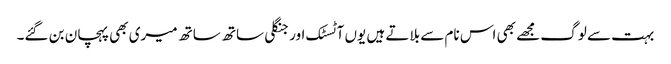
بہت سے لوگ مجھے بھی اس نام سے بلاتے ہیں یوں آٹسٹک اور جنگلی ساتھ ساتھ میری بھی پہچان بن گئے۔